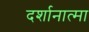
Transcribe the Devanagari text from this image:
दर्शानात्मा